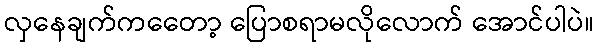
လှနေချက်ကတေော့ ပြောစရာမလိုလောက် အောင်ပါပဲ။